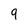
Character: 9